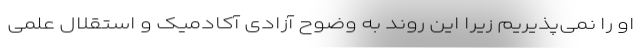
او را نمی‌پذیریم زیرا این روند به وضوح آزادی آکادمیک و استقلال علمی